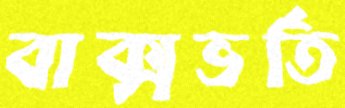
বাক্সভর্তি